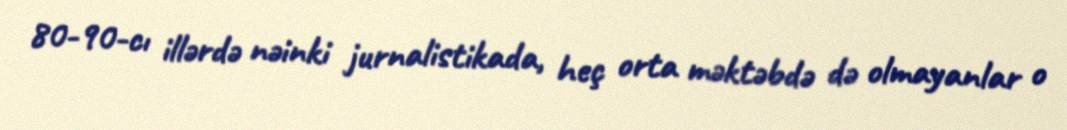
80-90-cı illərdə nəinki jurnalistikada, heç orta məktəbdə də olmayanlar o